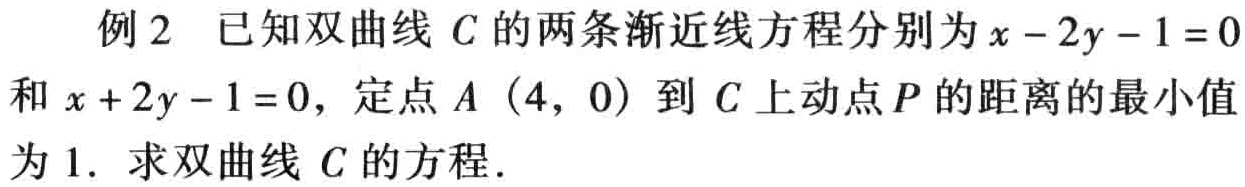
例2 已知双曲线 \(C\) 的两条渐近线方程分别为 \(x - 2y - 1 = 0\)和 \(x + 2y - 1 = 0\)，定点 \(A(4,0)\) 到 \(C\) 上动点 \(P\) 的距离的最小值为 \(1\). 求双曲线 \(C\) 的方程.